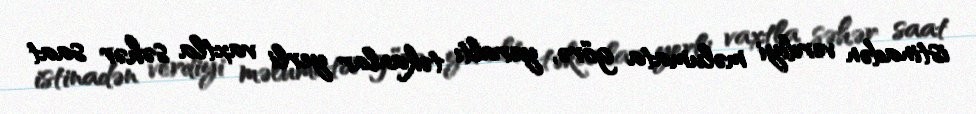
istinadən verdiyi məlumata görə, yeraltı təkanlar yerli vaxtla səhər saat